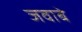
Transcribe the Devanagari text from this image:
जवाबे